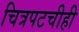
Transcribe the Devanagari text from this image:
चित्रपटचीही